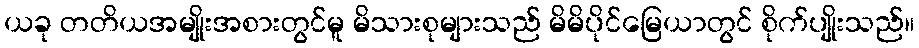
ယခု တတိယအမျိုးအစားတွင်မူ မိသားစုများသည် မိမိပိုင်မြေယာတွင် စိုက်ပျိုးသည်။